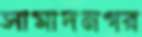
সামাদনগর